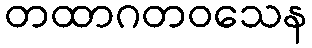
တထာဂတဝသေန